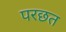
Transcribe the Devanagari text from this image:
परछत